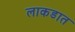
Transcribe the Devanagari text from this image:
लाकडात